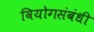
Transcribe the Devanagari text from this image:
वियोगसंबंधी